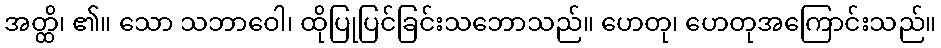
အတ္ထိ၊ ၏။ သော သဘာဝေါ၊ ထိုပြုပြင်ခြင်းသဘောသည်။ ဟေတု၊ ဟေတုအကြောင်းသည်။